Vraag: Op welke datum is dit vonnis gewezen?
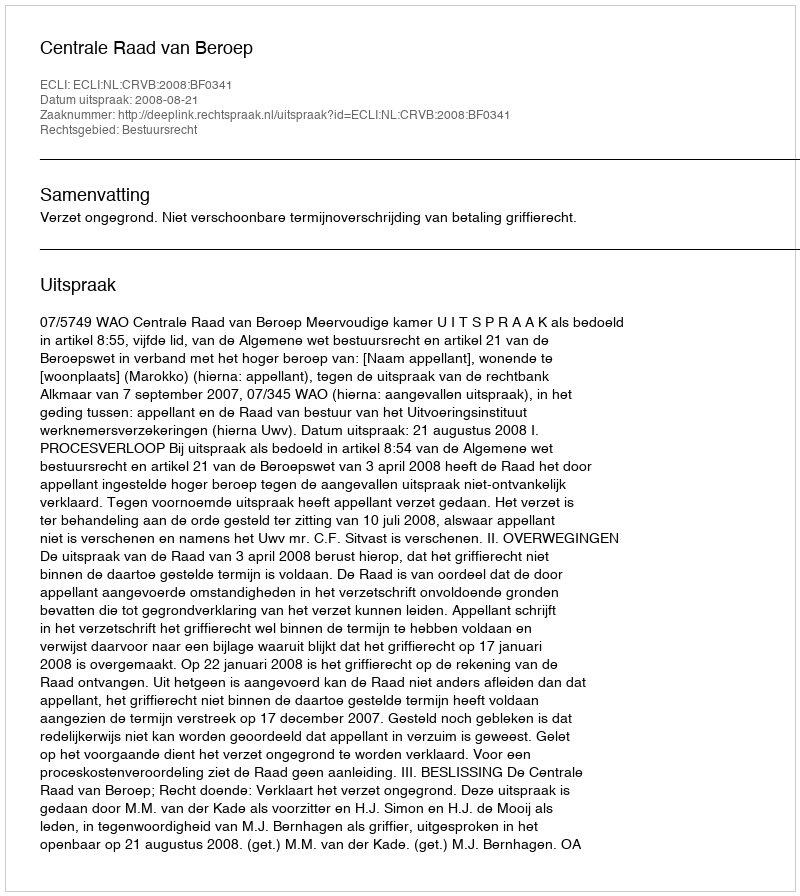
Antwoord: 2008-08-21